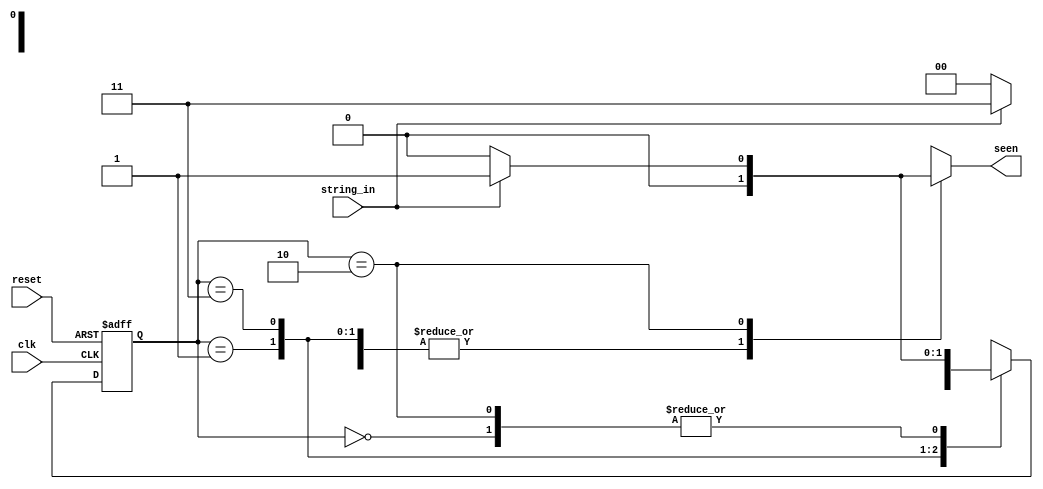
module pattern_recognizer_mealy (reset, clk, string_in, seen);
     // Gray-code approach for state encoding. The fewer bits that switch, we have 
     // lower power consumption and less noise due to only one bit switching, while
     // also using the least amount of bits needed for the amount of states we have.
     localparam [1:0] S0 = 2'b00, S1 = 2'b01, S2 = 2'b11, S3 = 2'b10;

     input reset, clk, string_in;
     output seen;

     reg [1:0] state, next;

     // Sequential always block for the state register
     always @(posedge clk or posedge reset) begin
          if (reset) begin
               state <= 2'b00;
          end
          else begin
               state <= next;
          end
     end

     // Combinational always block, so we'll use
     // blocking statements here
     always @(*) begin
          next = 2'bx;
          seen = 1'b0;
          case (state)
               S0:
               begin
                    if (string_in) next = S1;
                    else next = S0;
               end
               S1:
               begin
                    if (string_in) next = S2;
                    else next = S0;
               end
               S2:
               begin
                    if (!string_in) next = S3;
                    else next = S2;
               end
               S3:
               begin
                    if (string_in) begin
                         seen = 1'b1;
                         next = S1;
                    end
                    else next = S0;
               end
          endcase
     end

endmodule